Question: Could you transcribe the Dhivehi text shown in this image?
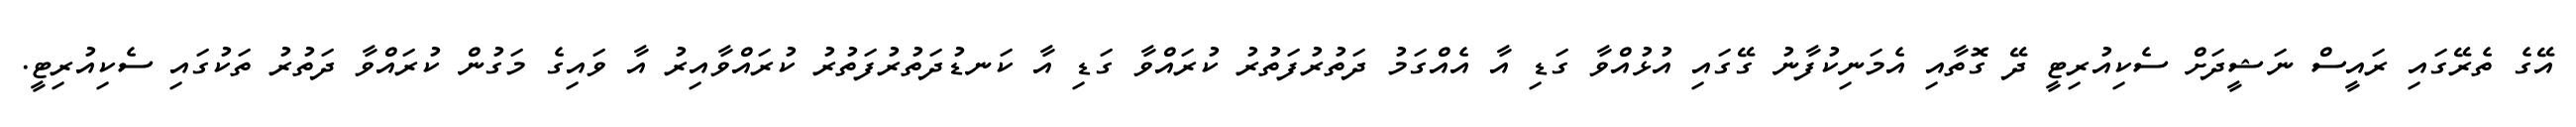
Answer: އޭގެ ތެރޭގައި ރައީސް ނަޝީދަށް ސެކިއުރިޓީ ދޭ ގޮތާއި އެމަނިކުފާނު ގޭގައި އުޅުއްވާ ގަޑި އާ އެއްގަމު ދަތުރުފަތުރު ކުރައްވާ ގަޑި އާ ކަނޑުދަތުރުފަތުރު ކުރައްވާއިރު އާ ވައިގެ މަގުން ކުރައްވާ ދަތުރު ތަކުގައި ސެކިއުރިޓީ.